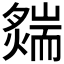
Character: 𦓟